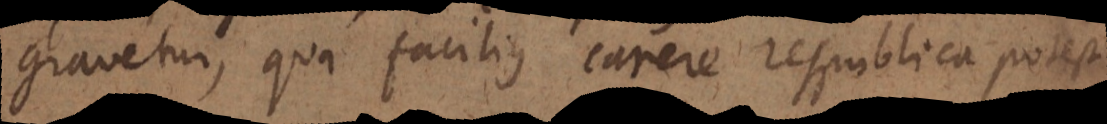
gravetur, qua facilius carere Respublica potest.